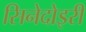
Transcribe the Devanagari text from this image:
सिनेदोइरी